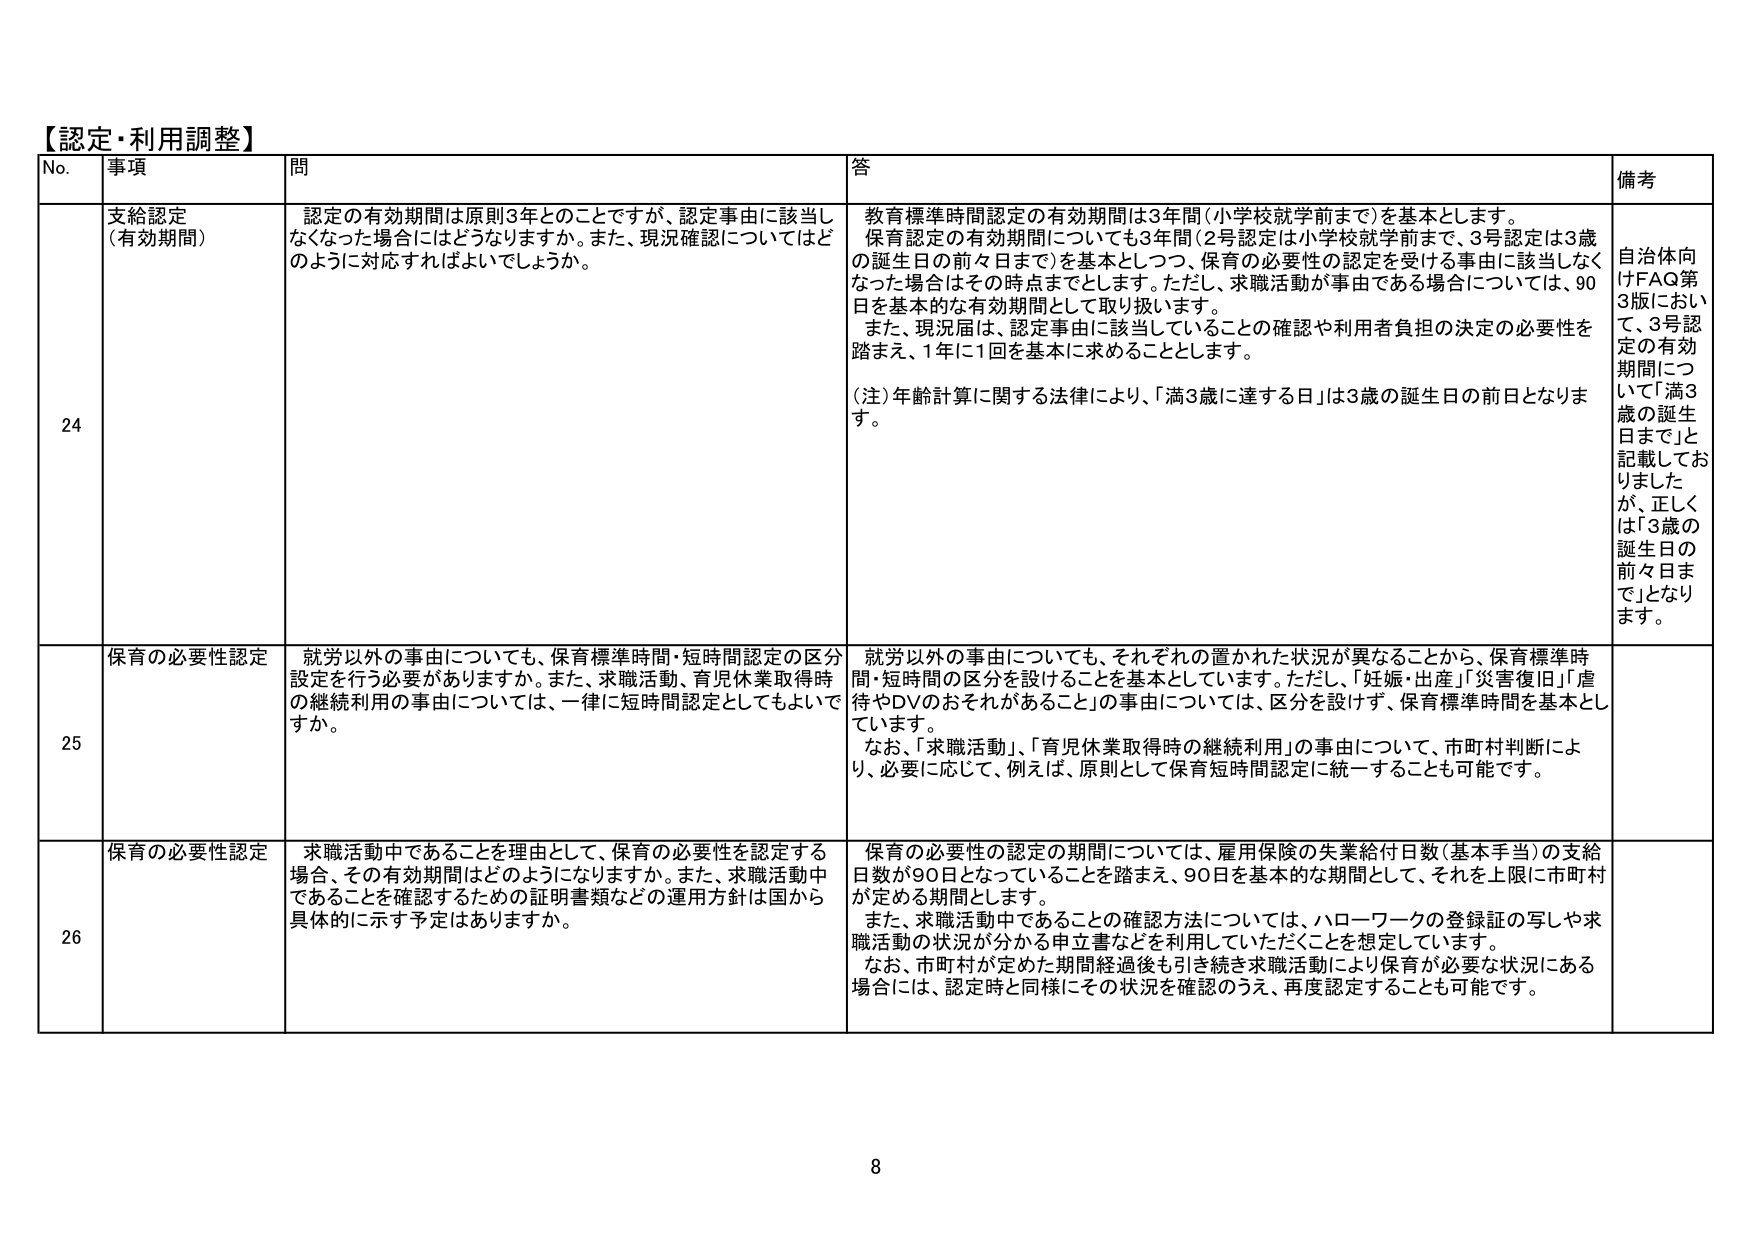
【認定・利用調整】

No. 事項 問 答 備考

24 支給認定 （有効期間） 認定の有効期間は原則3年とのことですが、認定事由に該当しなくなった場合にはどうなりますか。また、現況確認についてはどのように対応すればよいでしょうか。 教育標準時間認定の有効期間は3年間（小学校就学前まで）を基本とします。 保育認定の有効期間についても3年間（2号認定は小学校就学前まで、3号認定は3歳の誕生日の前々日まで）を基本としつつ、保育の必要性の認定を受ける事由に該当しなくなった場合はその時点までとします。ただし、求職活動が事由である場合については、90日を基本的な有効期間として取り扱います。 また、現況届は、認定事由に該当していることの確認や利用者負担の決定の必要性を踏まえ、1年に1回を基本に求めることとします。 （注）年齢計算に関する法律により、「満3歳に達する日」は3歳の誕生日の前日となります。 自治体向けFAQ第3版において、「3号認定の有効期間について「満3歳の誕生日まで」と記載しておりましたが、正しくは「3歳の誕生日の前々日まで」となります。

25 保育の必要性認定 就労以外の事由についても、保育標準時間・短時間認定の区分設定を行う必要がありますか。また、求職活動、育児休業取得時の継続利用の事由については、一律に短時間認定としてもよいですか。 就労以外の事由についても、それぞれの置かれた状況が異なることから、保育標準時間・短時間の区分を設けることを基本としています。ただし、「妊娠・出産」「災害復旧」「虐待やDVのおそれがあること」の事由については、区分を設けず、保育標準時間を基本としています。 なお、「求職活動」、「育児休業取得時の継続利用」の事由について、市町村判断により、必要に応じて、例えば、原則として保育短時間認定に統一することも可能です。

26 保育の必要性認定 求職活動中であることを理由として、保育の必要性を認定する場合、その有効期間はどのようになりますか。また、求職活動中であることを確認するための証明書類などの運用方針は国から具体的に示す予定はありますか。 保育の必要性の認定の期間については、雇用保険の失業給付日数（基本手当）の支給日数が90日となっていることを踏まえ、90日を基本的な期間として、それを上限に市町村が定める期間とします。 また、求職活動中であることの確認方法については、ハローワークの登録証の写しや求職活動の状況が分かる申立書などを利用していたたくことを想定しています。 なお、市町村が定めた期間経過後も引き続き求職活動により保育が必要な状況にある場合には、認定時と同様にその状況を確認のうえ、再度認定することも可能です。

8